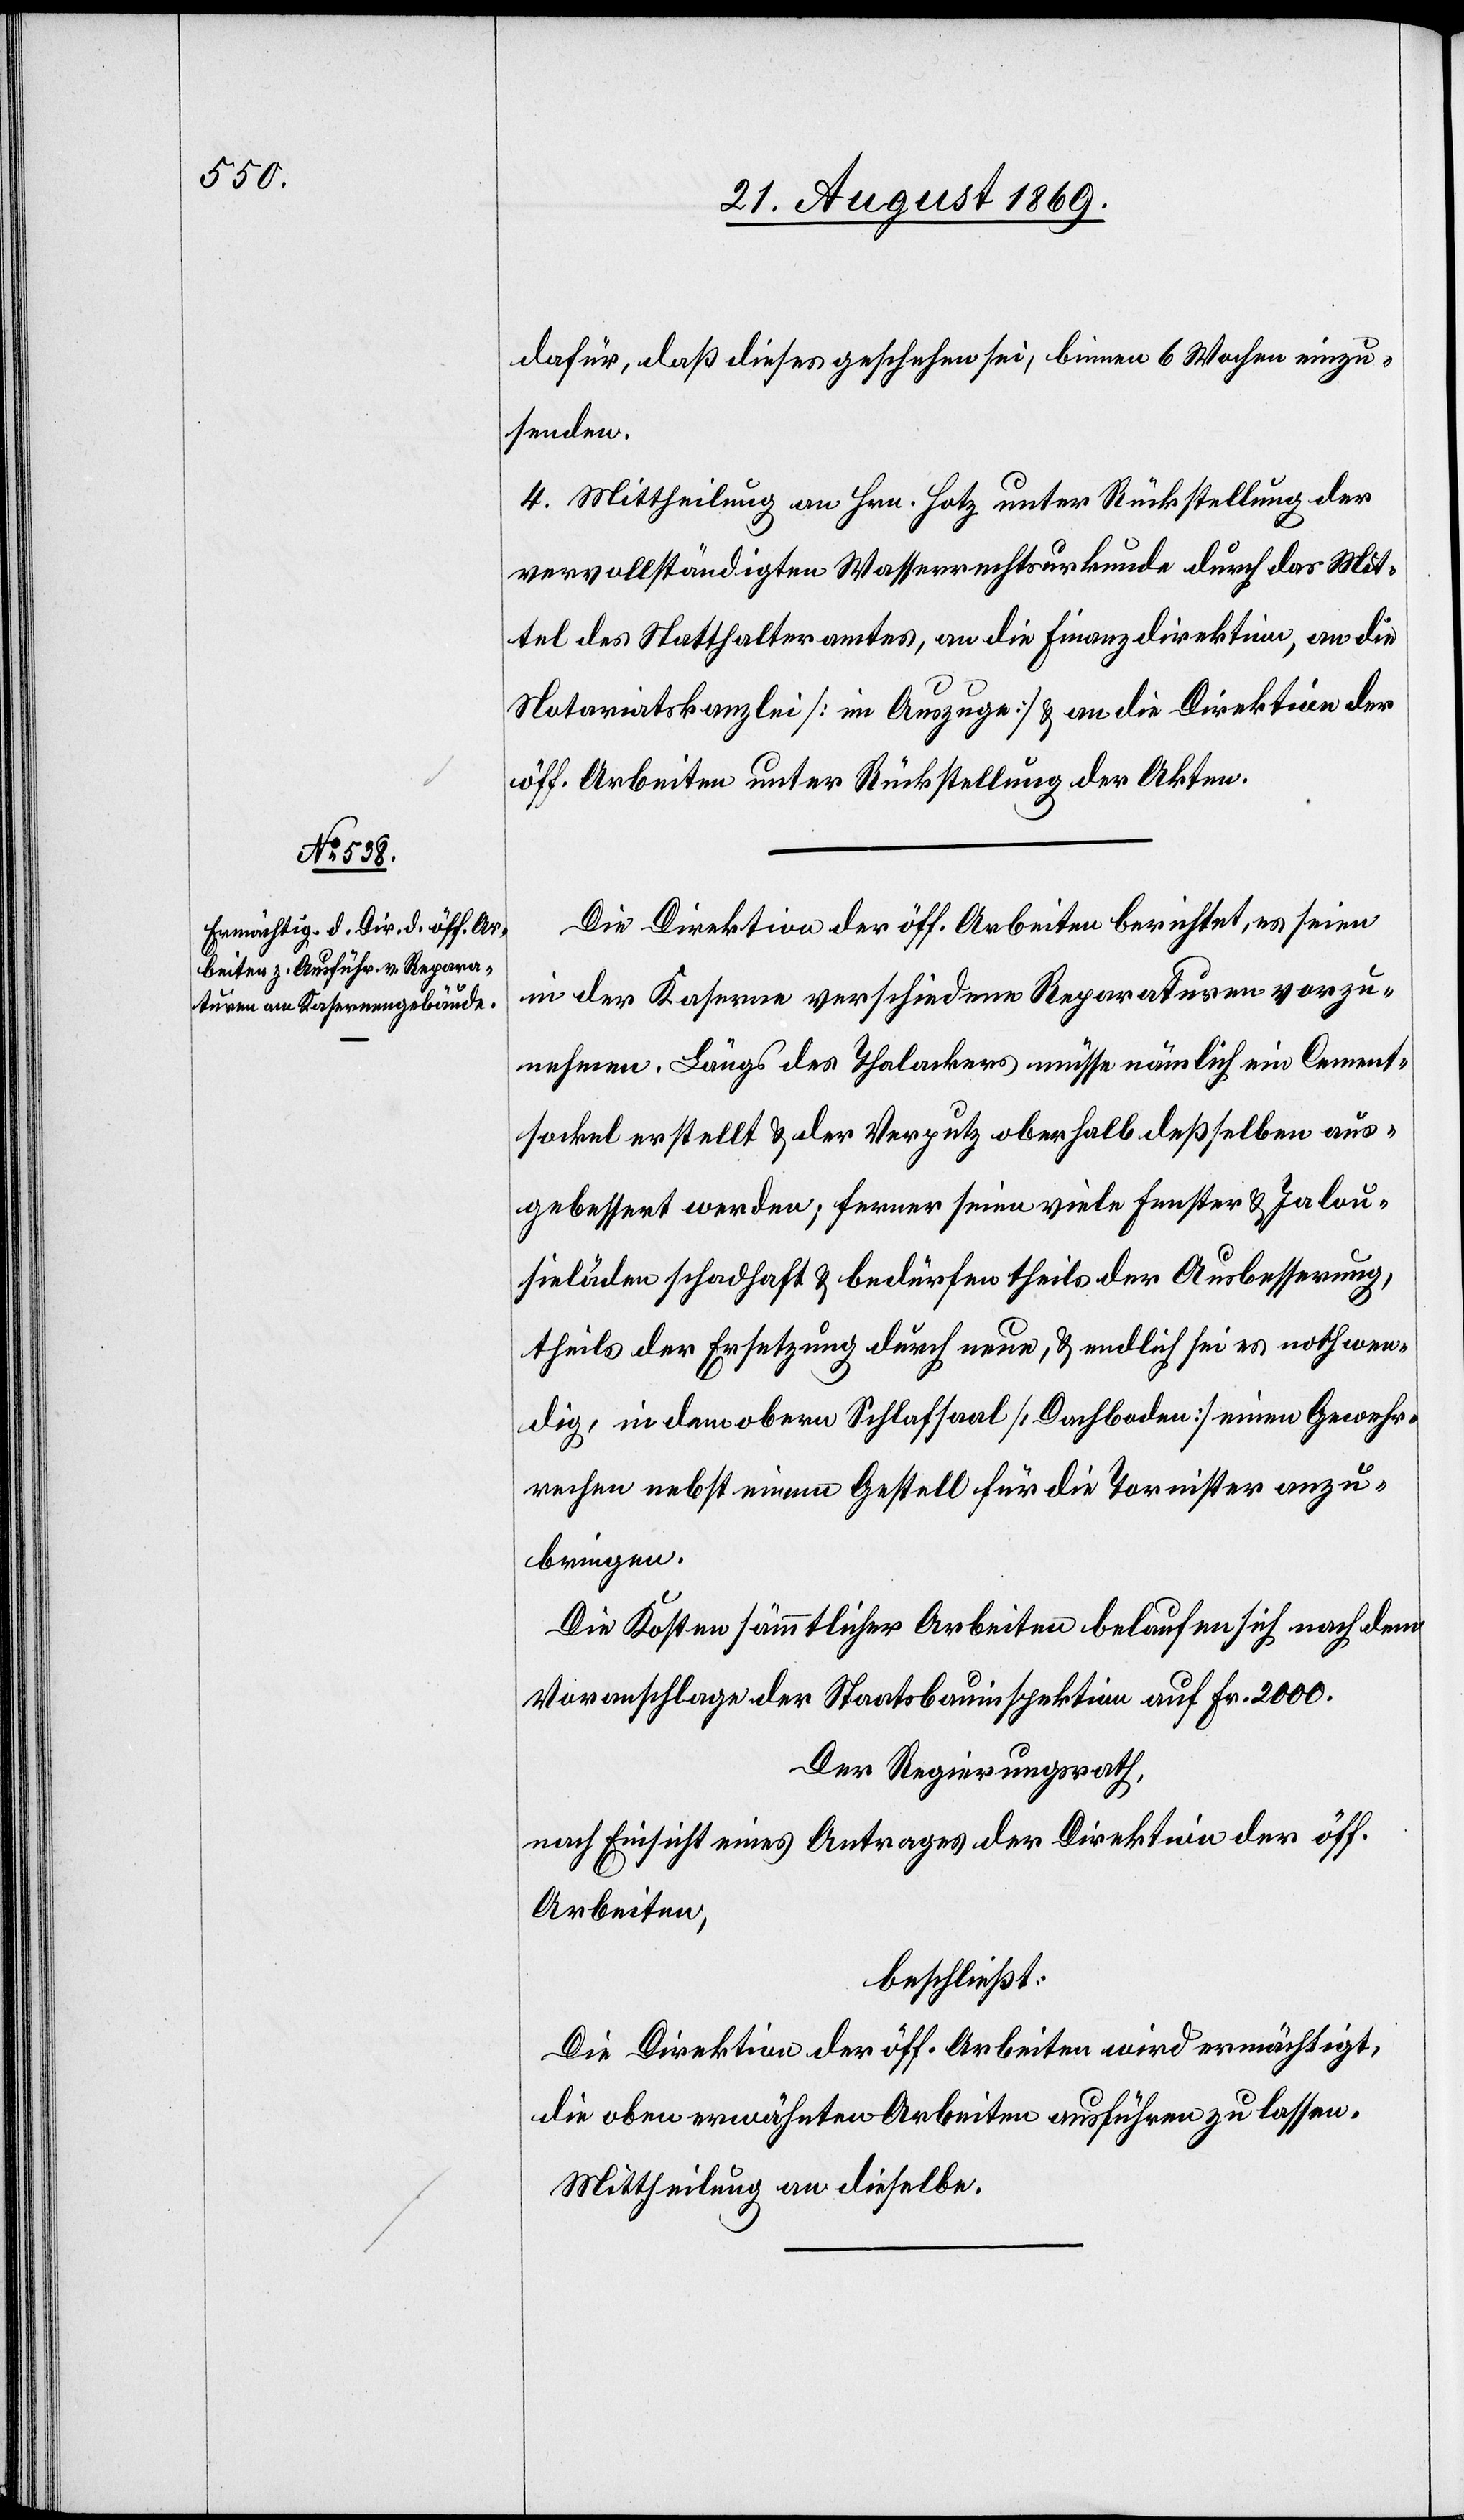
dafür, daß dieses geschehen sei, binnen 6 Wochen einzu¬
senden.
4. Mittheilung an Hrn. Hotz unter Rückstellung der
vervollständigten Wasserrechtsurkunde durch das Mit¬
tel des Statthalteramtes, an die Finanzdirektion, an die
Notariatskanzlei [im Auszuge] & an die Direktion der
öff. Arbeiten unter Rückstellung der Akten.
Die Direktion der öff. Arbeiten berichtet, es seien
in der Kaserne verschiedene Reparaturen vorzu¬
nehmen. Längs des Thalackers müsse nämlich ein Cement¬
sockel erstellt & der Verputz oberhalb deßselben aus¬
gebessert werden; ferner seien viele Fenster & Jalou¬
sieläden schadhaft & bedürfen theils der Ausbesserung,
theils der Ersetzung durch neue, & endlich sei es nothwen¬
dig, in dem obern Schlafsaal [Dachboden] einen Gewehr¬
rechen nebst einem Gestell für die Tornister anzu¬
bringen.
Die Kosten sämmtlicher Arbeiten belaufen sich nach dem
Voranschlage der Staatsbauinspektion auf Fr. 2 000.
Der Regierungsrath,
nach Einsicht eines Antrages der Direktion der öff.
Arbeiten,
beschließt:
Die Direktion der öff. Arbeiten wird ermächtigt,
die oben erwähnten Arbeiten ausführen zu lassen.
Mittheilung an dieselbe.